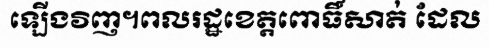
ឡើងវិញ។ពលរដ្ឋខេត្តពោធិ៍សាត់ ដែល